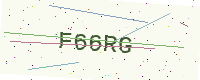
Text: F66RG